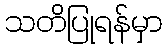
သတိပြုရန်မှာ